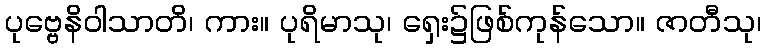
ပုဗ္ဗေနိဝါသာတိ၊ ကား။ ပုရိမာသု၊ ရှေး၌ဖြစ်ကုန်သော။ ဇာတီသု၊